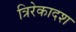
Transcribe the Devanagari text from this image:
त्रिरेकादश